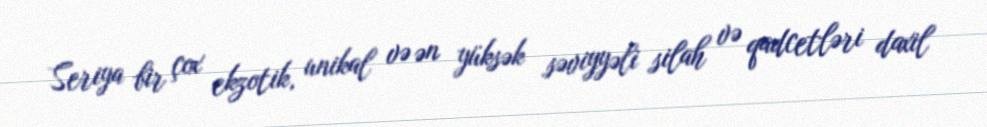
Seriya bir çox ekzotik, unikal və ən yüksək səviyyəli silah və qadcetləri daxil